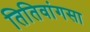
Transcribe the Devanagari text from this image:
तितिवांगसा